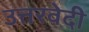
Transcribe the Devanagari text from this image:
उत्तरवेदी